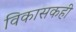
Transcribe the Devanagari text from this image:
विकासकही